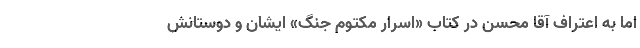
اما به اعتراف آقا محسن در کتاب «اسرار مکتوم جنگ» ایشان و دوستانش